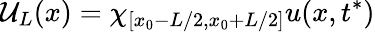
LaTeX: \mathcal{U}_{L}(x)=\chi_{{[x_{0}-L/2,x_{0}+L/2]}}u(x,t^{*})